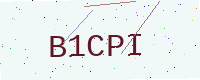
Text: B1CPI